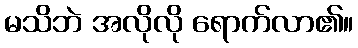
မသိဘဲ အလိုလို ရောက်လာ၏။